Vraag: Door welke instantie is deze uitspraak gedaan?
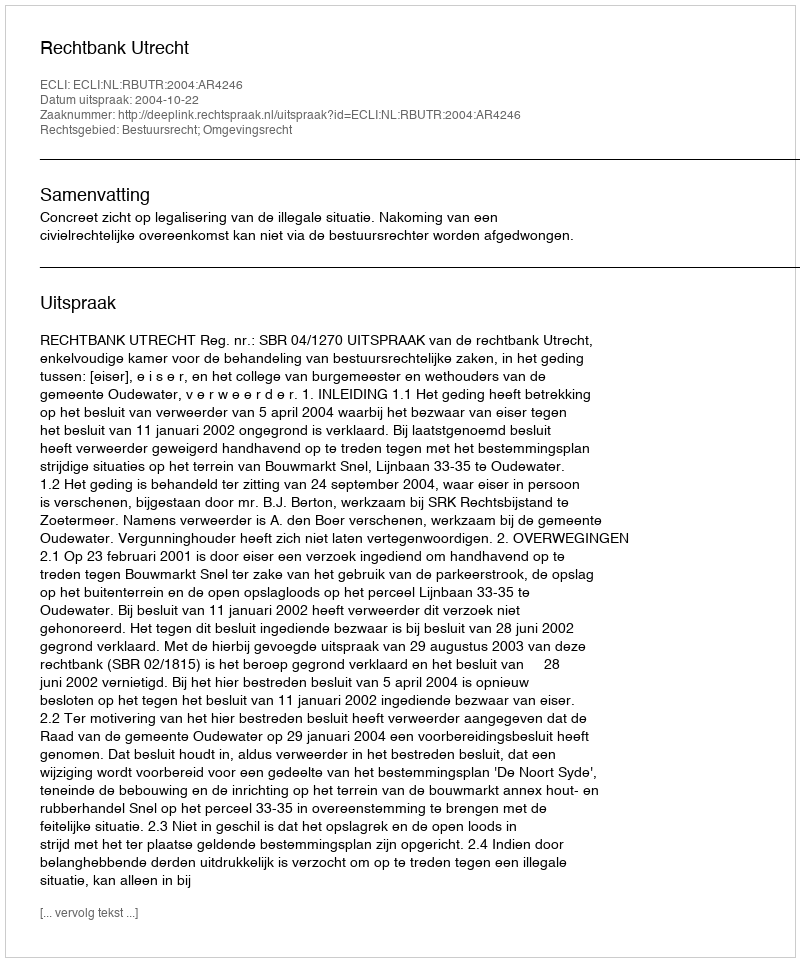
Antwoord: Rechtbank Utrecht